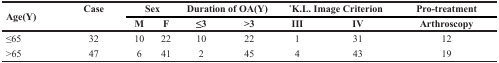
<table><thead><tr><td rowspan="2"><b>Age(Y)</b></td><td rowspan="2"><b>Case</b></td><td colspan="2"><b>Sex</b></td><td colspan="2"><b>Duration of OA(Y)</b></td><td colspan="2"><b><sup>*</sup>K.L. Image Criterion</b></td><td><b>Pro-treatment</b></td></tr><tr><td><b>M</b></td><td><b>F</b></td><td><b>≤3</b></td><td><b>&gt;3</b></td><td><b>III</b></td><td><b>IV</b></td><td><b>Arthroscopy</b></td></tr></thead><tbody><tr><td>≤65</td><td>32</td><td>10</td><td>22</td><td>10</td><td>22</td><td>1</td><td>31</td><td>12</td></tr><tr><td>&gt;65</td><td>47</td><td>6</td><td>41</td><td>2</td><td>45</td><td>4</td><td>43</td><td>19</td></tr></tbody></table>